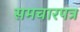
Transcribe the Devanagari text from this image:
समचारपत्र